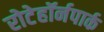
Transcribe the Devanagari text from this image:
रोटेहॉर्नपार्क